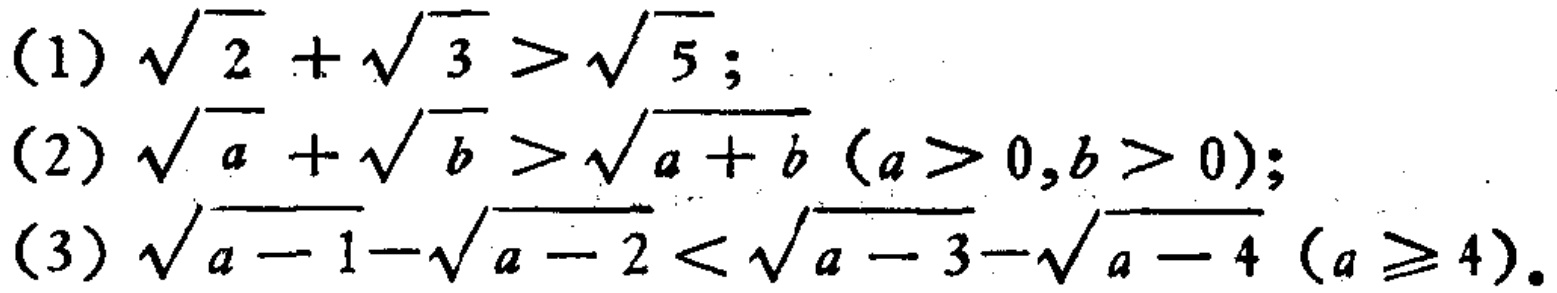
(1) \(\sqrt{2}+\sqrt{3}>\sqrt{5}\);
(2) \(\sqrt{a}+\sqrt{b}>\sqrt{a + b}\ (a>0,b>0)\);
(3) \(\sqrt{a - 1}-\sqrt{a - 2}<\sqrt{a - 3}-\sqrt{a - 4}\ (a\geq4)\).